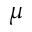
\mu